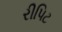
રીપિટ